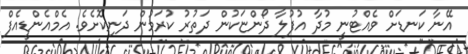
އޭނާ ކަނޑަށް ވެއްޓުނީ މުދާ އުފުލާ ދޯންޏަކުން ދަތުރު ކުރަމުން ދަނިކޮށެވެ. އެމްއެންޑީއެފް